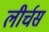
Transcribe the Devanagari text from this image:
लीर्चस